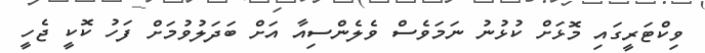
ވިކްޓަރީގައި މޮޅަށް ކުޅުނު ނަމަވެސް ވެލެންސިއާ އަށް ބަދަލުވުމަށް ފަހު ކޮކީ ޖެހީ